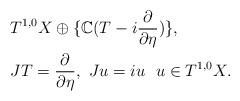
LaTeX: \begin{align*}&T^{1,0}X\oplus\{\mathbb{C}(T-i\frac{\partial}{\partial\eta}) \},\\&JT=\frac{\partial}{\partial\eta}, \ Ju=iu \ \ u\in T^{1,0}X.\\\end{align*}